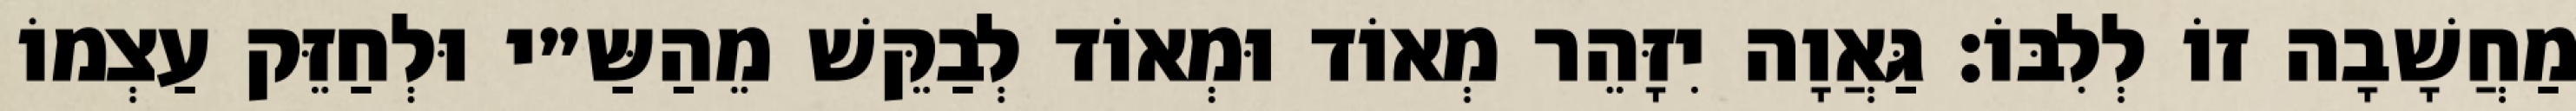
מַחֲשָׁבָה זוֹ לְלִבּוֹ: גַּאֲוָה יִזָּהֵר מְאוֹד וּמְאוֹד לְבַקֵּשׁ מֵהַשַּ״י וּלְחַזֵּק עַצְמוֹ